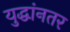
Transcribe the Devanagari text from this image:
युद्धांनतर